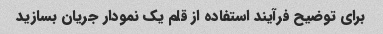
برای توضیح فرآیند استفاده از قلم یک نمودار جریان بسازید